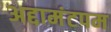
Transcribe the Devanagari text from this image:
अद्दामंटपम